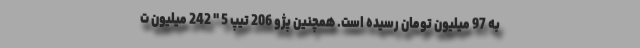
به 97 میلیون تومان رسیده است. همچنین پژو 206 تیپ 5 " 242 میلیون ت